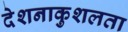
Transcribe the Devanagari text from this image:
देशनाकुशलता